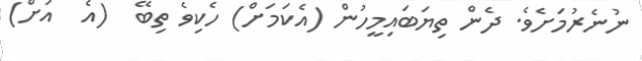
ނުނެރުމަށެވެ. ދެން ތިޔަބައިމީހުން (އެކަމަށް) ހެކިވެ ތިބޭ  (އެ  އަށް)